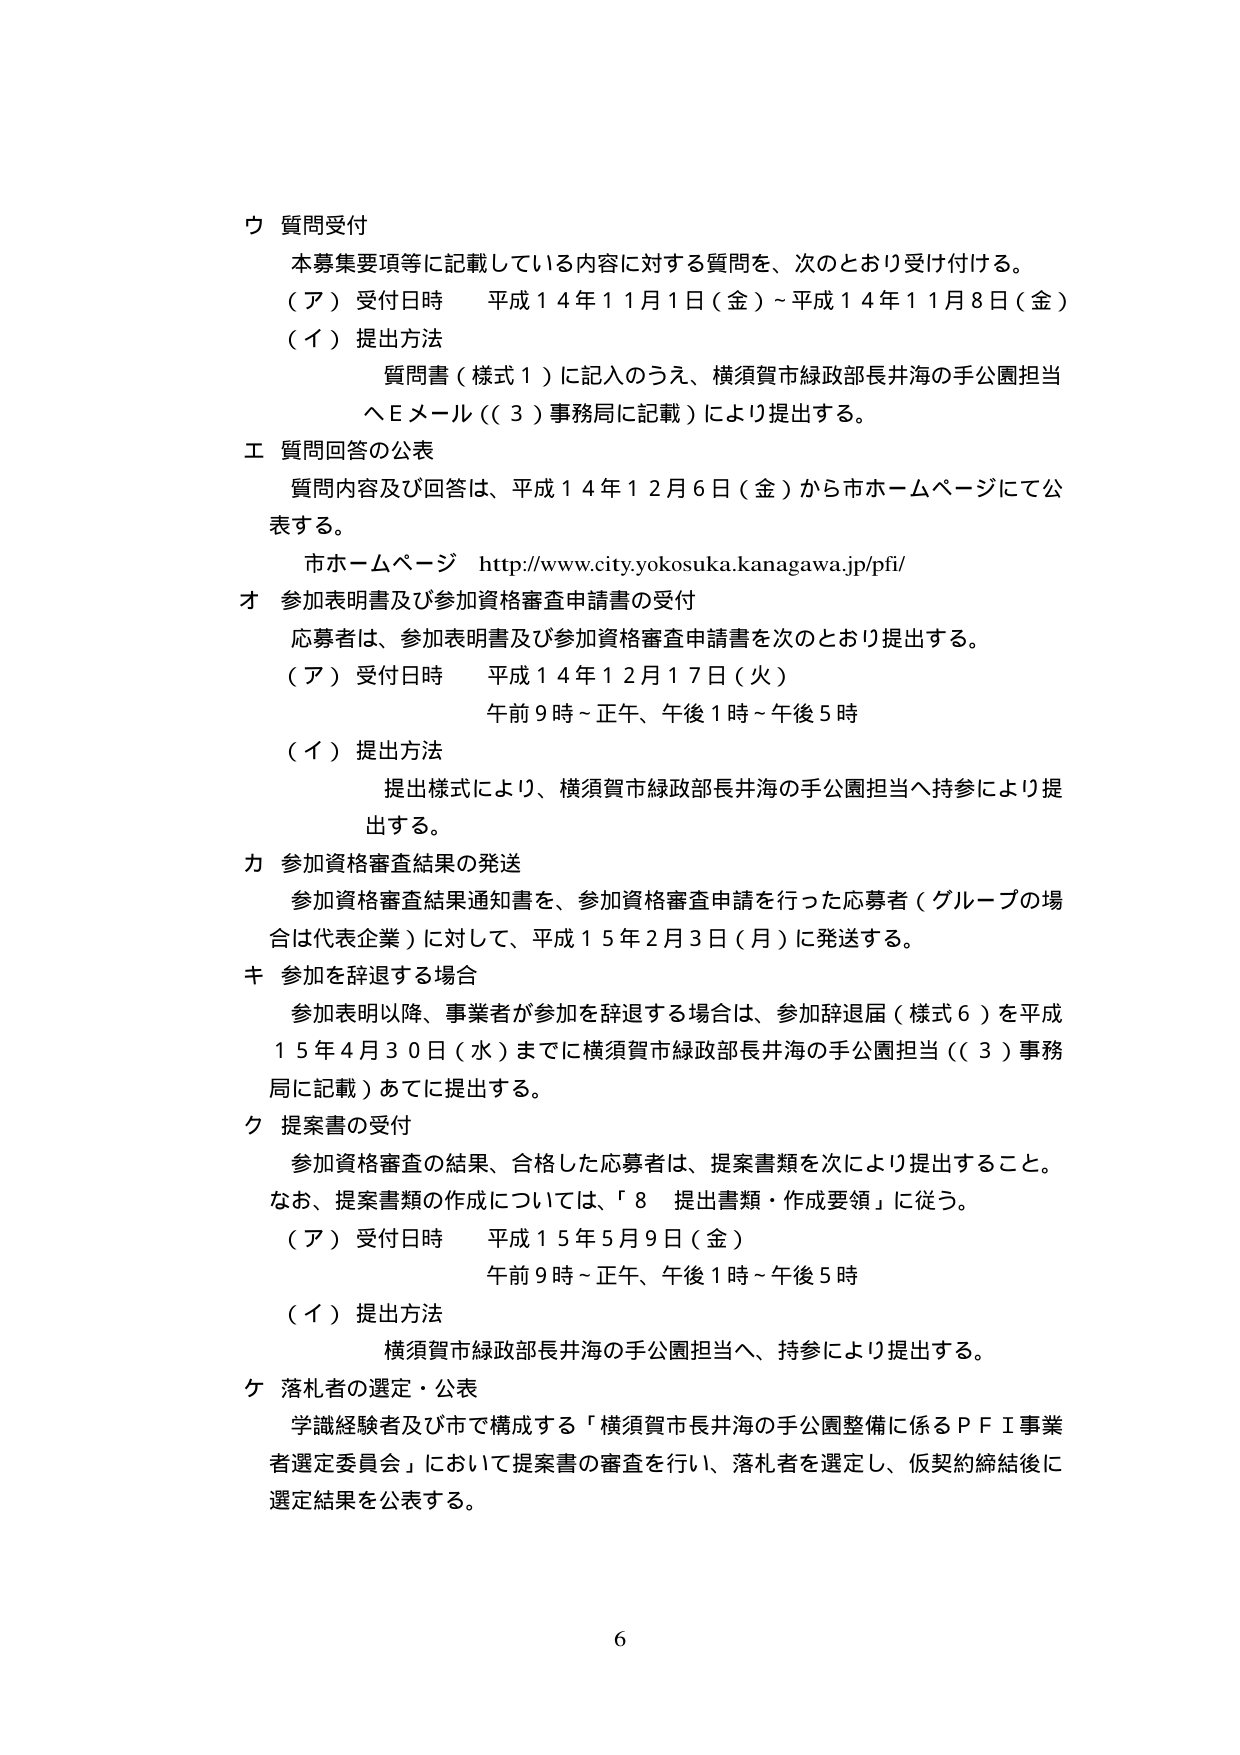
ウ 質問受付
本募集要項等に記載している内容に対する質問を、次のとおり受け付ける。
（ア）受付日時　平成１４年１１月１日（金）～平成１４年１１月８日（金）
（イ）提出方法
　　質問書（様式１）に記入のうえ、横須賀市緑政部長井海の手公園担当
　　へＥメール（（３）事務局に記載）により提出する。

エ 質問回答の公表
　　質問内容及び回答は、平成１４年１２月６日（金）から市ホームページにて公
　　表する。
　　市ホームページ　http://www.city.yokosuka.kanagawa.jp/pfi/

オ 参加表明書及び参加資格審査申請書の受付
　　応募者は、参加表明書及び参加資格審査申請書を次のとおり提出する。
（ア）受付日時　平成１４年１２月１７日（火）
　　　　　　　　午前９時～正午、午後１時～午後５時
（イ）提出方法
　　提出様式により、横須賀市緑政部長井海の手公園担当へ持参により提
　　出する。

カ 参加資格審査結果の発送
　　参加資格審査結果通知書を、参加資格審査申請を行った応募者（グループの場
　　合は代表企業）に対して、平成１５年２月３日（月）に発送する。

キ 参加を辞退する場合
　　参加表明以降、事業者が参加を辞退する場合は、参加辞退届（様式６）を平成
　　１５年４月３０日（水）までに横須賀市緑政部長井海の手公園担当（（３）事務
　　局に記載）あてに提出する。

ク 提案書の受付
　　参加資格審査の結果、合格した応募者は、提案書類を次により提出すること。
　　なお、提案書類の作成については、「８　提出書類・作成要領」に従う。
（ア）受付日時　平成１５年５月９日（金）
　　　　　　　　午前９時～正午、午後１時～午後５時
（イ）提出方法
　　横須賀市緑政部長井海の手公園担当へ、持参により提出する。

ケ 落札者の選定・公表
　　学識経験者及び市で構成する「横須賀市長井海の手公園整備に係るＰＦＩ事業
　　者選定委員会」において提案書の審査を行い、落札者を選定し、仮契約締結後に
　　選定結果を公表する。

6